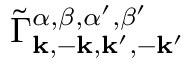
\tilde { \Gamma } _ { \mathbf { k } , - \mathbf { k } , \mathbf { k } ^ { \prime } , - \mathbf { k } ^ { \prime } } ^ { \alpha , \beta , \alpha ^ { \prime } , \beta ^ { \prime } }